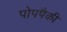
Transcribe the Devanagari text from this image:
पोपपैकी